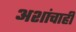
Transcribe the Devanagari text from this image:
अशांचाही